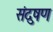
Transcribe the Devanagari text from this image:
संदुषण